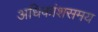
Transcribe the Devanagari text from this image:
अधिकांशसमय